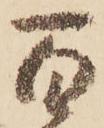
百